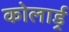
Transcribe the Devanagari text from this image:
कोलार्ड्र